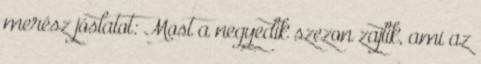
merész jóslatot: Most a negyedik szezon zajlik, ami az